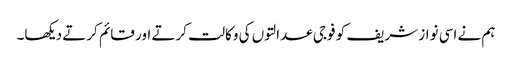
ہم نے اسی نواز شریف کو فوجی عدالتوں کی وکالت کرتے اور قائم کرتے دیکھا۔